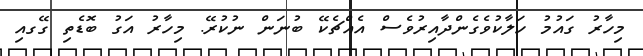
މިހާރު ގައުމު ހަލާކުވެގެންދާއިރުވެސް އެއްޗެކޭ ބުނަން ނުކުރޭ. މިހާރު އަގު ބޮޑެތި ގޭގއި